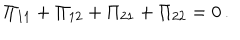
LaTeX: \Pi _ { 1 1 } + \Pi _ { 1 2 } + \Pi _ { 2 1 } + \Pi _ { 2 2 } = 0 \, .